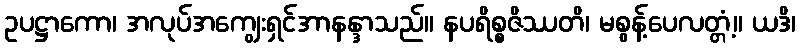
ဥပဋ္ဌာကော၊ အလုပ်အကျွေးရှင်အာနန္ဒာသည်။ နပရိစ္စဇိဿတိ၊ မစွန့်ပေလတ္တံ့။ ယဒိ၊